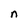
Character: n